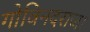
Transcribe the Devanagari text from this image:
गोविनदराजा